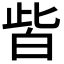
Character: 𤽤